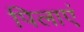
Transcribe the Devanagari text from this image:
पिलाएं